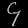
Digit: ၄